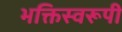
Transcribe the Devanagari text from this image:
भक्तिस्वरूपी